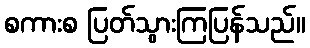
စကားစ ပြတ်သွားကြပြန်သည်။